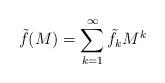
LaTeX: \begin{align*}\tilde{f}(M)=\sum^\infty_{k=1}\tilde{f}_kM^k\end{align*}